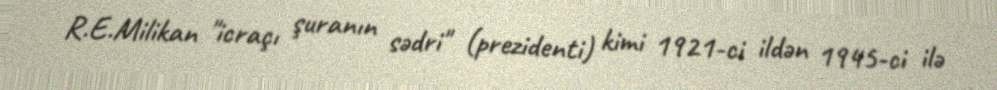
R.E.Milikan "icraçı şuranın sədri" (prezidenti) kimi 1921-ci ildən 1945-ci ilə